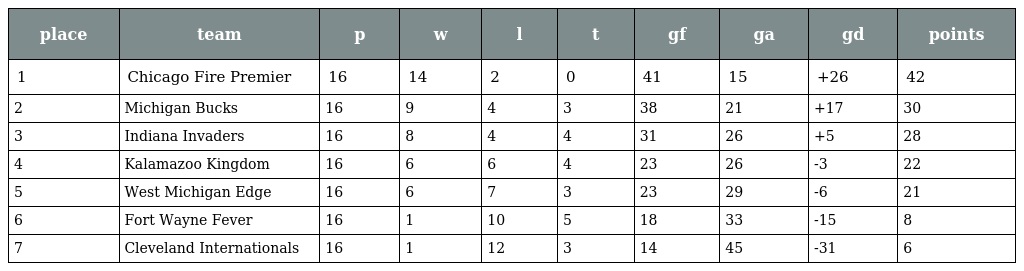
| place | team | p | w | l | t | gf | ga | gd | points |
 | --- | --- | --- | --- | --- | --- | --- | --- | --- | --- |
 | 1 | Chicago Fire Premier | 16 | 14 | 2 | 0 | 41 | 15 | +26 | 42 |
 | 2 | Michigan Bucks | 16 | 9 | 4 | 3 | 38 | 21 | +17 | 30 |
 | 3 | Indiana Invaders | 16 | 8 | 4 | 4 | 31 | 26 | +5 | 28 |
 | 4 | Kalamazoo Kingdom | 16 | 6 | 6 | 4 | 23 | 26 | -3 | 22 |
 | 5 | West Michigan Edge | 16 | 6 | 7 | 3 | 23 | 29 | -6 | 21 |
 | 6 | Fort Wayne Fever | 16 | 1 | 10 | 5 | 18 | 33 | -15 | 8 |
 | 7 | Cleveland Internationals | 16 | 1 | 12 | 3 | 14 | 45 | -31 | 6 |